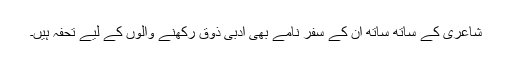
شاعری کے ساتھ ساتھ ان کے سفر نامے بھی ادبی ذوق رکھنے والوں کے لیے تحفہ ہیں۔